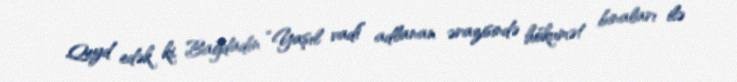
Qeyd edək ki, Bağdadın “Yaşıl vadi” adlanan ərazisində hökumət binaları ilə